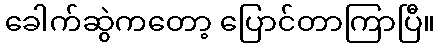
ခေါက်ဆွဲကတော့ ပြောင်တာကြာပြီ။